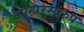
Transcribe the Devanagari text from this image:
उपहारस्वरुप